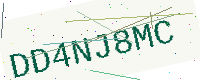
Text: DD4NJ8MC